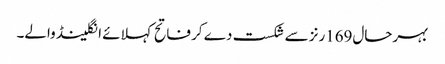
بہرحال169رنز سے شکست دے کر فاتح کہلائے انگلینڈ والے۔